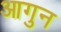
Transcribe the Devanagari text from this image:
आगुन